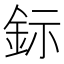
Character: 𨥮